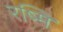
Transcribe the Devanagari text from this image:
रष्मि